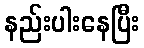
နည်းပါးနေပြီး